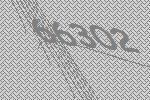
66302